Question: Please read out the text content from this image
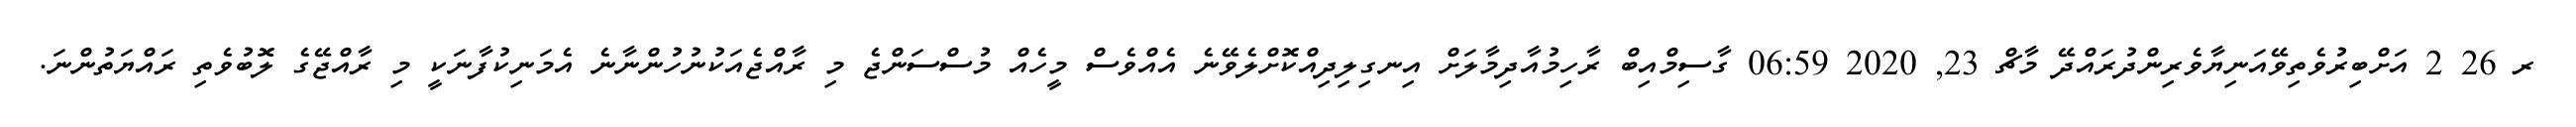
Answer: ރ 26 2 އަށްބިރުވެތިވޭއަނިޔާވެރިންދުރައްދޭ މާޗް 23, 2020 06:59 ގާސިމްއިބް ރާހިމުއާދިމާލަށް އިނގިލިދިއްކޮށްލެވޭނެ އެއްވެސް މީހެއް މުސްސަންޖެ މި ރާއްޖެއަކުނުހުންނާނެ އެމަނިކުފާނަކީ މި ރާއްޖޭގެ ލޮބުވެތި ރައްޔަތުންނަ.